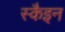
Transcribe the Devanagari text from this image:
स्कैइन